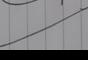
Signature authenticity: forged